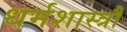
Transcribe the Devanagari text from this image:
धर्मशास्त्रौं